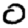
Digit: 0